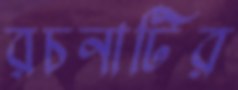
রচনাটির